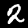
Label: 2